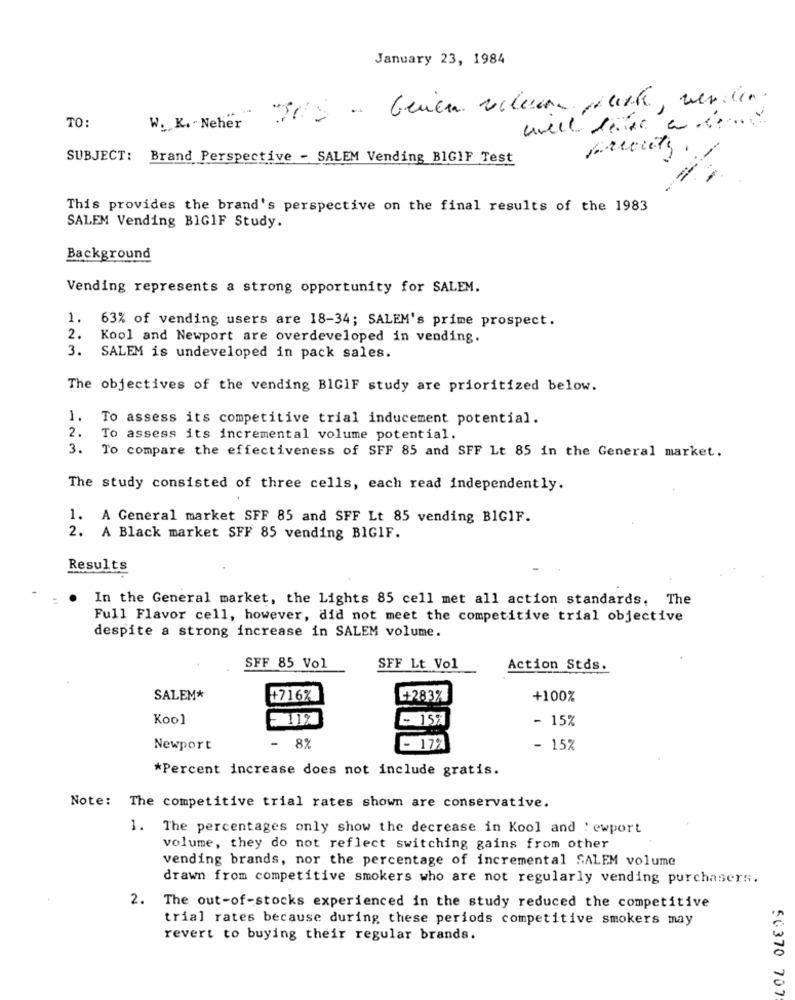
January 23, 1984
TO:
W. K. - Neher
SUBJECT:
Brand Perspective - SALEM Vending BIGIF Test
This provides the brand's perspective on the final results of the 1983
SALEM Vending BIGIF Study.
Background
Vending represents a strong opportunity for SALEM.
1.
63% of vending users are 18-34; SALEM's prime prospect.
2.
Kool and Newport are overdeveloped in vending.
3.
SALEM is undeveloped in pack sales.
The objectives of the vending BIGIF study are prioritized below.
1. To assess its competitive trial inducement potential.
2.
To assess its incremental volume potential.
3.
To compare the effectiveness of SFF 85 and SFF Lt 85 in the General market.
The study consisted of three cells, each read independently.
1. A General market SFF 85 and SFF Lt 85 vending BIGIF.
2. A Black market SFF 85 vending BIGIF.
Results
In the General market, the Lights 85 cell met all action standards, The
Full Flavor cell, however, did not meet the competitive trial objective
despite a strong increase in SALEM volume.
SFF 85 Vol
SFF Lt Vol
Action Stds.
SALEM*
+716%
+283%
+100%
Kool
- 15%
- 15%
8%
Newport
- 177
- 15%
*Percent increase does not include gratis.
Note: The competitive trial rates shown are conservative.
1. The percentages only show the decrease in Kool and : ewport
volume, they do not reflect switching gains from other
vending brands, nor the percentage of incremental SALEM volume
drawn from competitive smokers who are not regularly vending purchasers.
2.
The out-of-stocks experienced in the study reduced the competitive
trial rates because during these periods competitive smokers may
revert to buying their regular brands.
50370 707